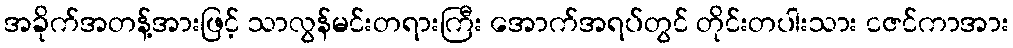
အခိုက်အတန့်အားဖြင့် သာလွန်မင်းတရားကြီး အောက်အရပ်တွင် တိုင်းတပါးသား ငဇင်ကာအား